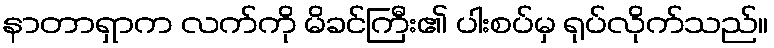
နာတာရှာက လက်ကို မိခင်ကြီး၏ ပါးစပ်မှ ရုပ်လိုက်သည်။